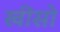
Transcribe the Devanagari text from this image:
खींसो